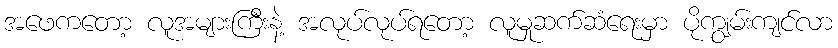
အဖေကတော့ လူအများကြီးနဲ့ အလုပ်လုပ်ရတော့ လူမှုဆက်ဆံရေးမှာ ပိုကျွမ်းကျင်လာ